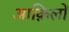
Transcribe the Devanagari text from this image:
आक़िलों